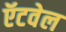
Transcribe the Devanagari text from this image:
ऍटवेल